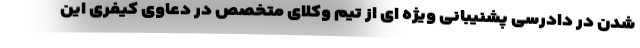
شدن در دادرسی پشنیبانی ویژه ای از تیم وکلای متخصص در دعاوی کیفری این